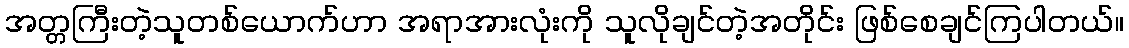
အတ္တကြီးတဲ့သူတစ်ယောက်ဟာ အရာအားလုံးကို သူလိုချင်တဲ့အတိုင်း ဖြစ်စေချင်ကြပါတယ်။